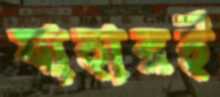
যাহারই